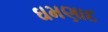
ઘમણાદ